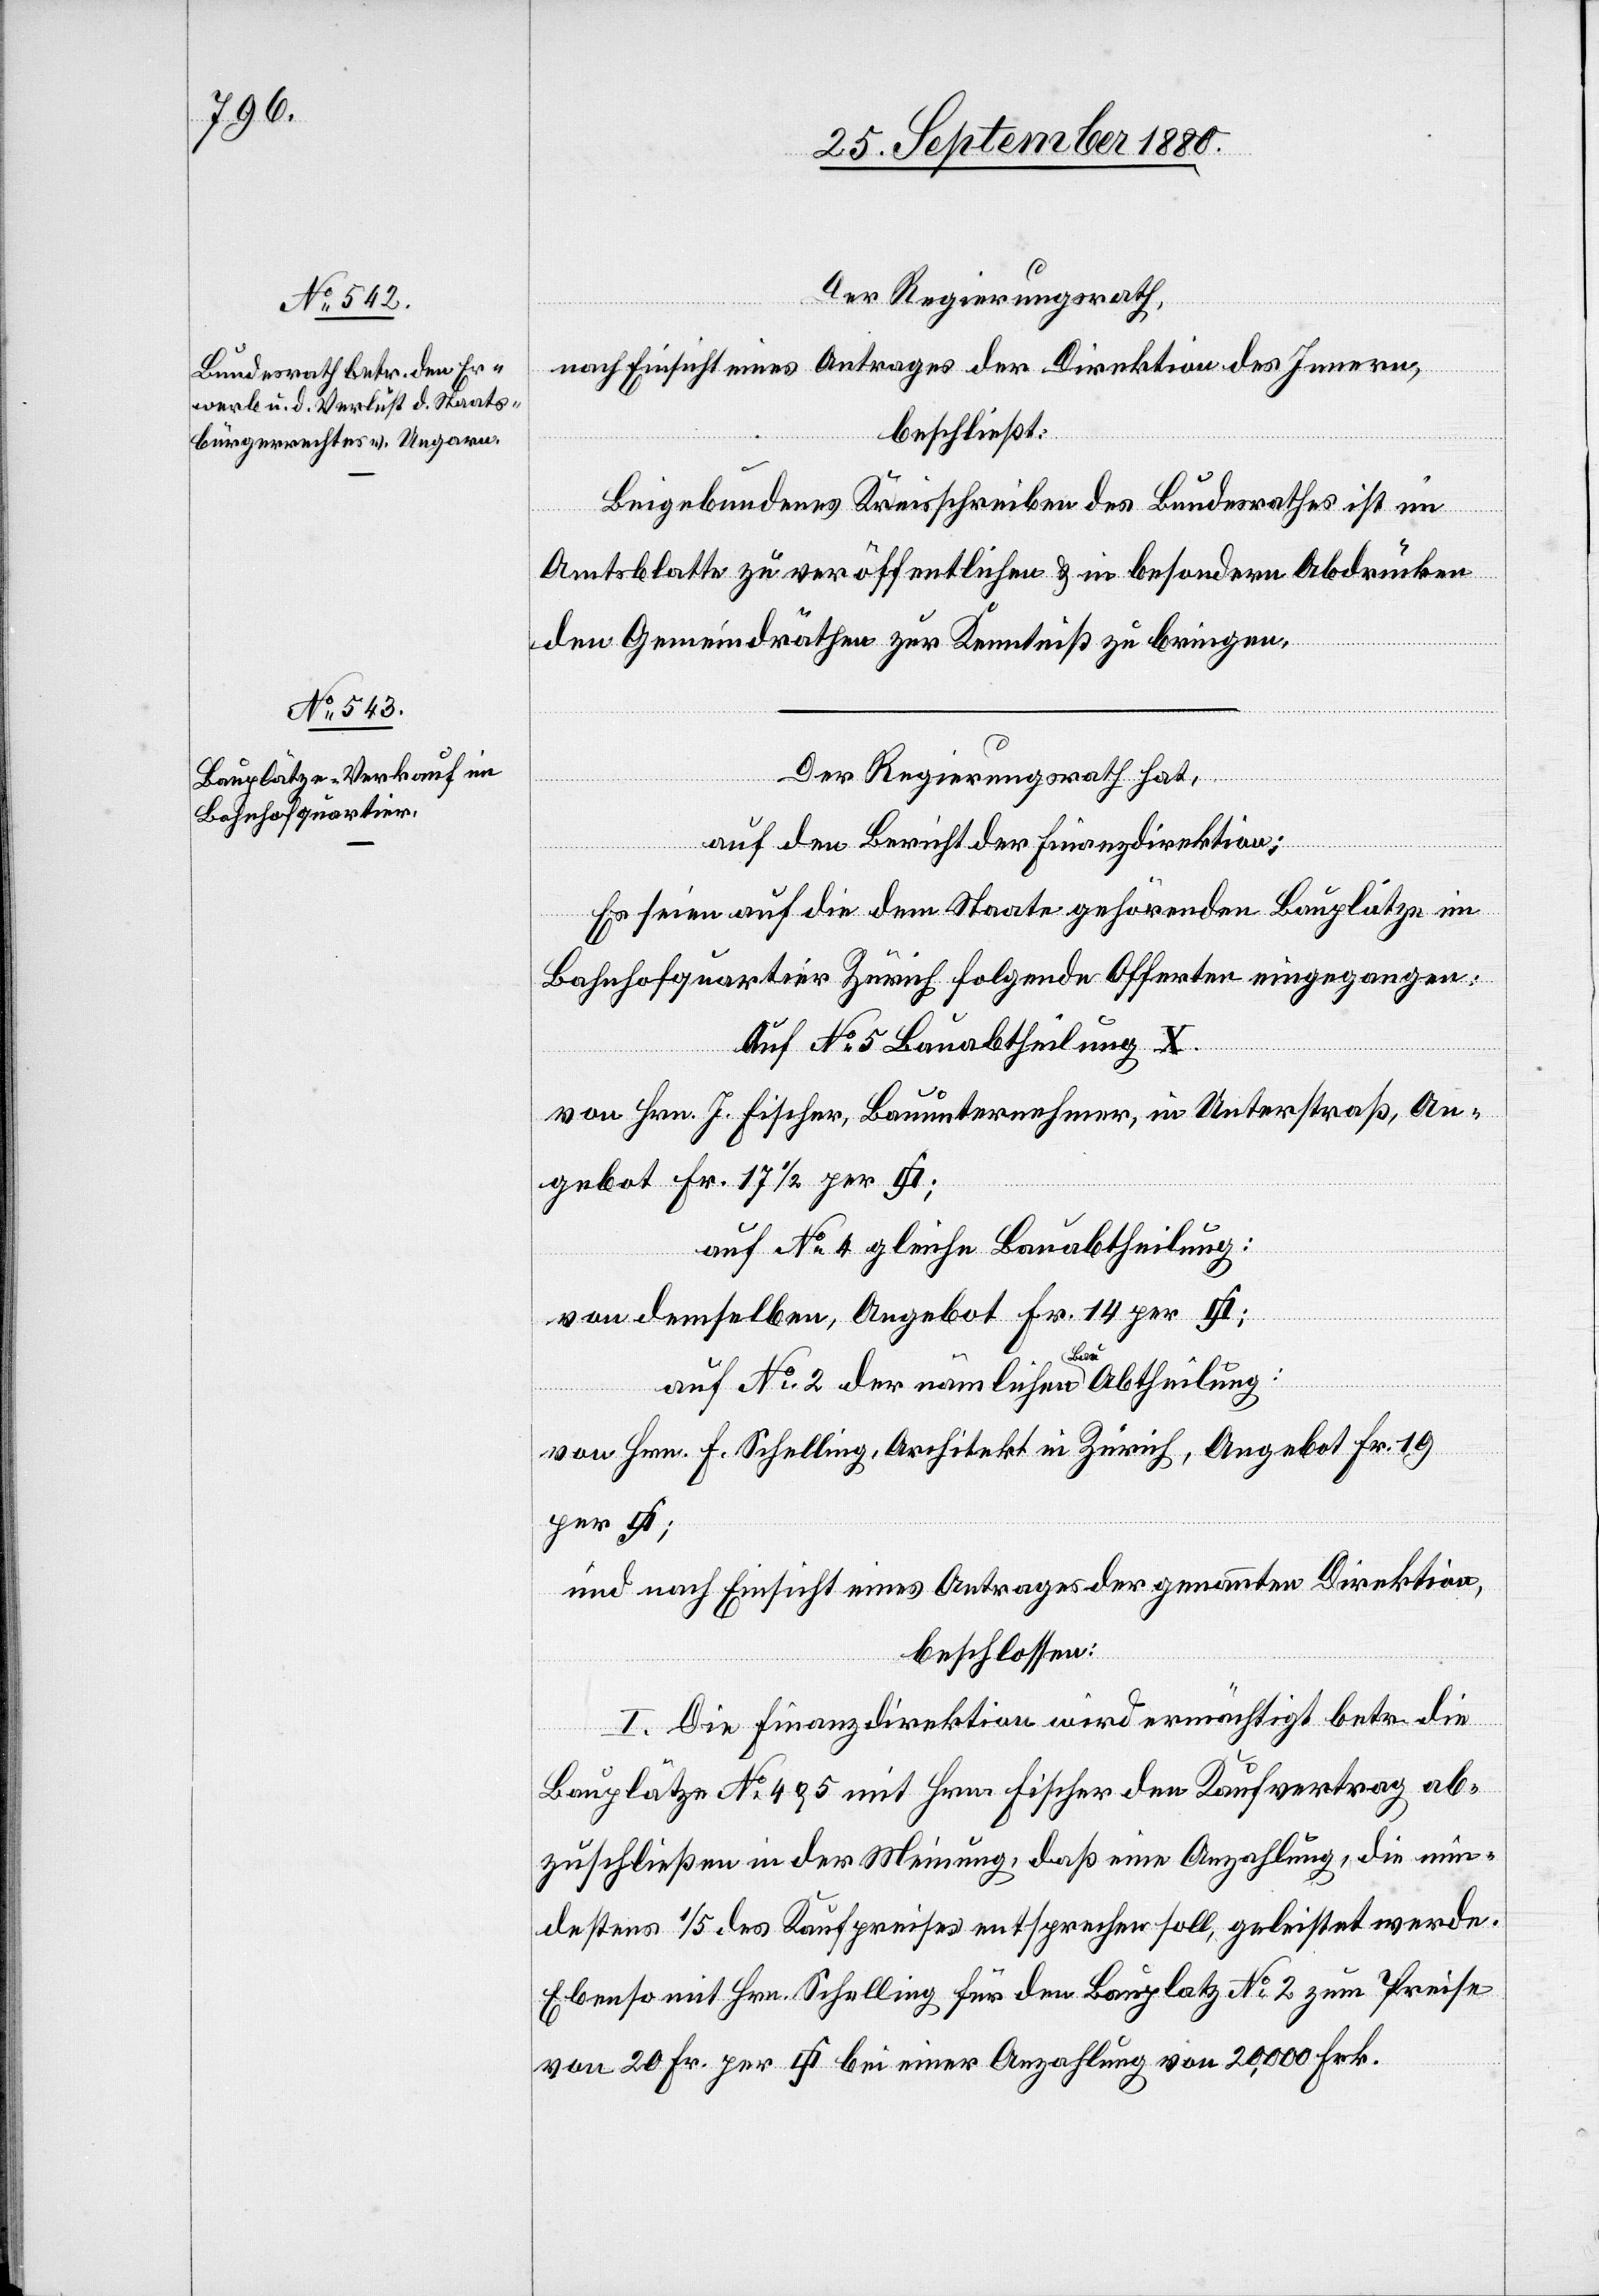
Der Regierungsrath,
nach Einsicht eines Antrages der Direktion des Innern,
beschließt:
Beigebundenes Kreisschreiben des Bundesrathes ist im
Frk.
Amtsblatte zu veröffentlichen & in besondern Abdrücken
den Gemeindräthen zur Kenntniß zu bringen.
Der Regierungsrath hat,
auf den Bericht der Finanzdirektion:
Es seien auf die dem Staate gehörenden Bauplätze im
Bahnhofquartier Zürich folgende Offerten eingegangen:
Auf No 5 Bauabtheilung X
von Hrn. J. Fischer, Bauunternehmer, in Unterstraß An¬
gebot Fr. 17 1/2 per
auf No 4 gleiche Bauabtheilung:
von demselben, Angebot Fr. 14 per [Q¬
bei
auf No 2 der nämlichen Bauabtheilung:
von Hrn. F. Schelling, Architekt in Zürich, Angebot Fr. 19
und nach Einsicht eines Antrages der genannten Direktion,
beschlossen:
I. Die Finanzdirektion wird ermächtigt betr. die
Bauplätze No 4 & 5 mit Hrn. Fischer den Kaufvertrag ab¬
zuschließen in der Meinung, daß eine Anzahlung, die min¬
destens 1/5 des Kaufpreises entsprechen soll, geleistet werde.
Ebenso mit Hrn. Schelling für den Bauplatz No2 zum Preise